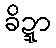
ခိဍ္ဍာ